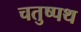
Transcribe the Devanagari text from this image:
चतुष्पथ